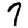
Digit: 7